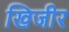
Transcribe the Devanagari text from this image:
खिजीर